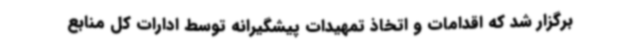
برگزار شد که اقدامات و اتخاذ تمهیدات پیشگیرانه توسط ادارات کل منابع